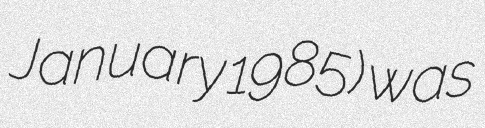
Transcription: January 1985) was